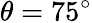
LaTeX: \theta=75^{\circ}